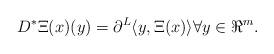
LaTeX: \begin{align*}D^*\Xi (x)(y) = \partial^L \langle y, \Xi(x)\rangle\forall y\in \Re^m.\end{align*}